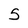
Character: 5